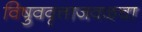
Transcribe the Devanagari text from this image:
विषुववृत्ताजवळचा